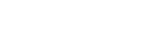
ပဗ္ဗတမာဝသိတွာ